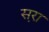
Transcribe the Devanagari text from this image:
स़रा